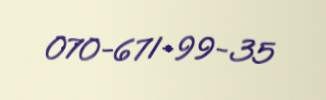
070-671-99-35